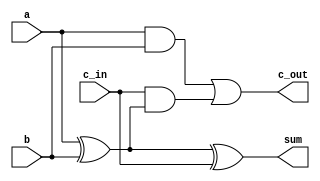
module fa(input a, input b, input c_in,
     output sum, output c_out);
    wire w1,w2,w3;
    xor x1(w1,a,b);
    xor x2(sum,w1,c_in);
    and a1(w3,c_in,w1);
    and a2(w2,a,b);
    or o1(c_out,w2,w3);
endmodule

module ADD(input [63:0] X, input [63:0] Y, output [63:0] Z, output cout);
wire [63:0] c;
genvar bloc;
generate
    for(bloc = 0;bloc<64;bloc=bloc+1)
        begin: ADD
        if(bloc==0)
            fa init (X[bloc],Y[bloc],1'b0,Z[bloc],c[bloc]);
        else
            fa subs (X[bloc],Y[bloc],c[bloc-1],Z[bloc],c[bloc]);
        end
    assign cout=c[63];
endgenerate

endmodule